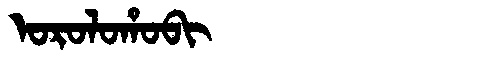
Manchu: ᠣᡵᠣᠯᠣᡥᠣᠪᡳ
Romanization: OROLOHOBI